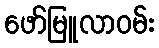
ဖော်မြူလာဝမ်း